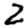
Digit: 2